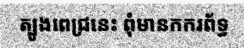
ត្បូងពេជ្រនេះ ពុំមានកករព័ទ្ធ